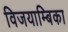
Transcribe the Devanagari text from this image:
विजयाम्बिका